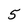
Character: 5